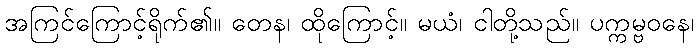
အကြင်ကြောင့်ရိုက်၏။ တေန၊ ထိုကြောင့်။ မယံ၊ ငါတို့သည်။ ပက္ကမ္ဗဝနေ၊